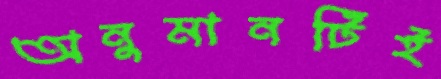
অনুমানটিই